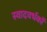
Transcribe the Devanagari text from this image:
स्वादवर्धकों